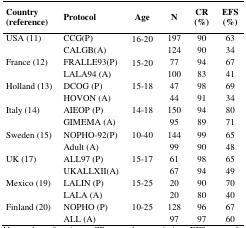
<table><thead><tr><td><b>Country (reference)</b></td><td><b>Protocol</b></td><td><b>Age</b></td><td><b>N</b></td><td><b>CR (%)</b></td><td><b>EFS (%)</b></td></tr></thead><tbody><tr><td>USA (11)</td><td>CCG(P)</td><td>16–20</td><td>197</td><td>9</td><td>63</td></tr><tr><td></td><td>CALGB(A)</td><td></td><td>124</td><td>90</td><td>34</td></tr><tr><td>France (12)</td><td>FRALLE93(P)</td><td>15–20</td><td>77</td><td>94</td><td>67</td></tr><tr><td></td><td>LALA94 (A)</td><td></td><td>100</td><td>83</td><td>41</td></tr><tr><td>Holland (13)</td><td>DCOG (P)</td><td>15–18</td><td>47</td><td>98</td><td>69</td></tr><tr><td></td><td>HOVON (A)</td><td></td><td>44</td><td>91</td><td>34</td></tr><tr><td>Italy (14)</td><td>AIEOP (P)</td><td>14–18</td><td>150</td><td>94</td><td>80</td></tr><tr><td></td><td>GIMEMA (A)</td><td></td><td>95</td><td>89</td><td>71</td></tr><tr><td>Sweden (15)</td><td>NOPHO-92(P)</td><td>10–40</td><td>144</td><td>99</td><td>65</td></tr><tr><td></td><td>Adult (A)</td><td></td><td>99</td><td>90</td><td>48</td></tr><tr><td>UK (17)</td><td>ALL97 (P)</td><td>15–17</td><td>61</td><td>98</td><td>65</td></tr><tr><td></td><td>UKALLXII(A)</td><td></td><td>67</td><td>94</td><td>49</td></tr><tr><td>Mexico (19)</td><td>LALIN (P)</td><td>15–25</td><td>20</td><td>90</td><td>70</td></tr><tr><td></td><td>LALA (A)</td><td></td><td>20</td><td>80</td><td>40</td></tr><tr><td>Finland (20)</td><td>NOPHO (P)</td><td>10–25</td><td>128</td><td>96</td><td>67</td></tr><tr><td></td><td>ALL (A)</td><td></td><td>97</td><td>97</td><td>60</td></tr></tbody></table>